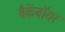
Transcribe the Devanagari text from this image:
बैकेंबॉयर